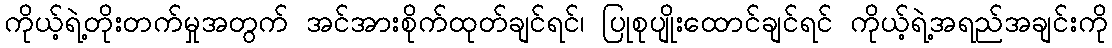
ကိုယ့်ရဲ့တိုးတက်မှုအတွက် အင်အားစိုက်ထုတ်ချင်ရင်၊ ပြုစုပျိုးထောင်ချင်ရင် ကိုယ့်ရဲ့အရည်အချင်းကို